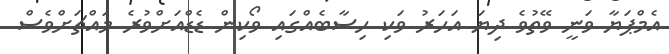
އެމްޕަޔާ ވަނީ ވޭތުވެ ދިޔަ އަހަރު ވަކި ހިސާބެއްގައި ވޯކިން ޑެޑްއަށްވުރެ މައްޗަށްވެސް